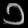
Digit: ၁